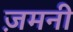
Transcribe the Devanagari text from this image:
ज़मनी